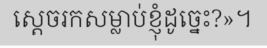
ស្តេចរកសម្លាប់ខ្ញុំដូច្នេះ?»។